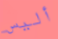
أليس